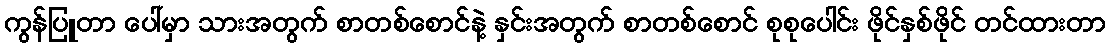
ကွန်ပြူတာ ပေါ်မှာ သားအတွက် စာတစ်စောင်နဲ့ နှင်းအတွက် စာတစ်စောင် စုစုပေါင်း ဖိုင်နှစ်ဖိုင် တင်ထားတာ